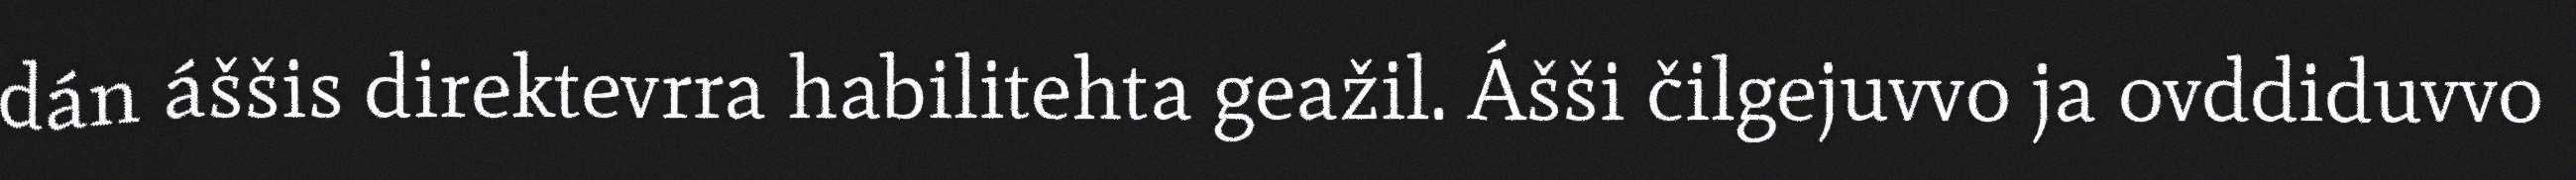
dán áššis direktevrra habilitehta geažil. Ášši čilgejuvvo ja ovddiduvvo